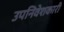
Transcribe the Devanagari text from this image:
उपनिवेशकारी